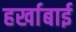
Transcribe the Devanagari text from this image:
हर्खाबाई